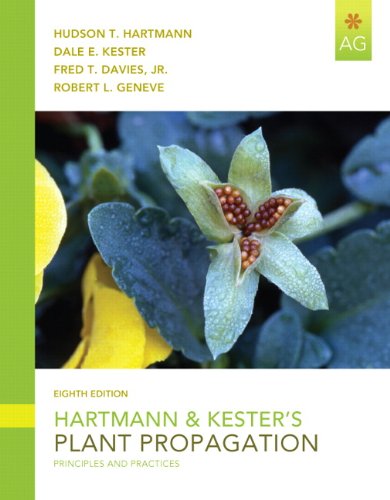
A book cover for Hartmann & Kester's Plant Propagation: Principles and Practices (8th Edition); Hudson T. Hartmann; Crafts, Hobbies & Home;